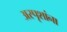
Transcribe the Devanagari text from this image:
अस्पृशांना